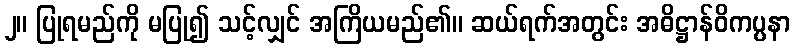
၂။ ပြုရမည်ကို မပြု၍ သင့်လျှင် အကြိယမည်၏။ ဆယ်ရက်အတွင်း အဓိဋ္ဌာန်ဝိကပ္ပနာ